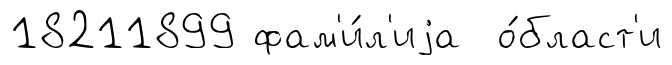
18211899 фам'и́л'иjа о́бласт'и